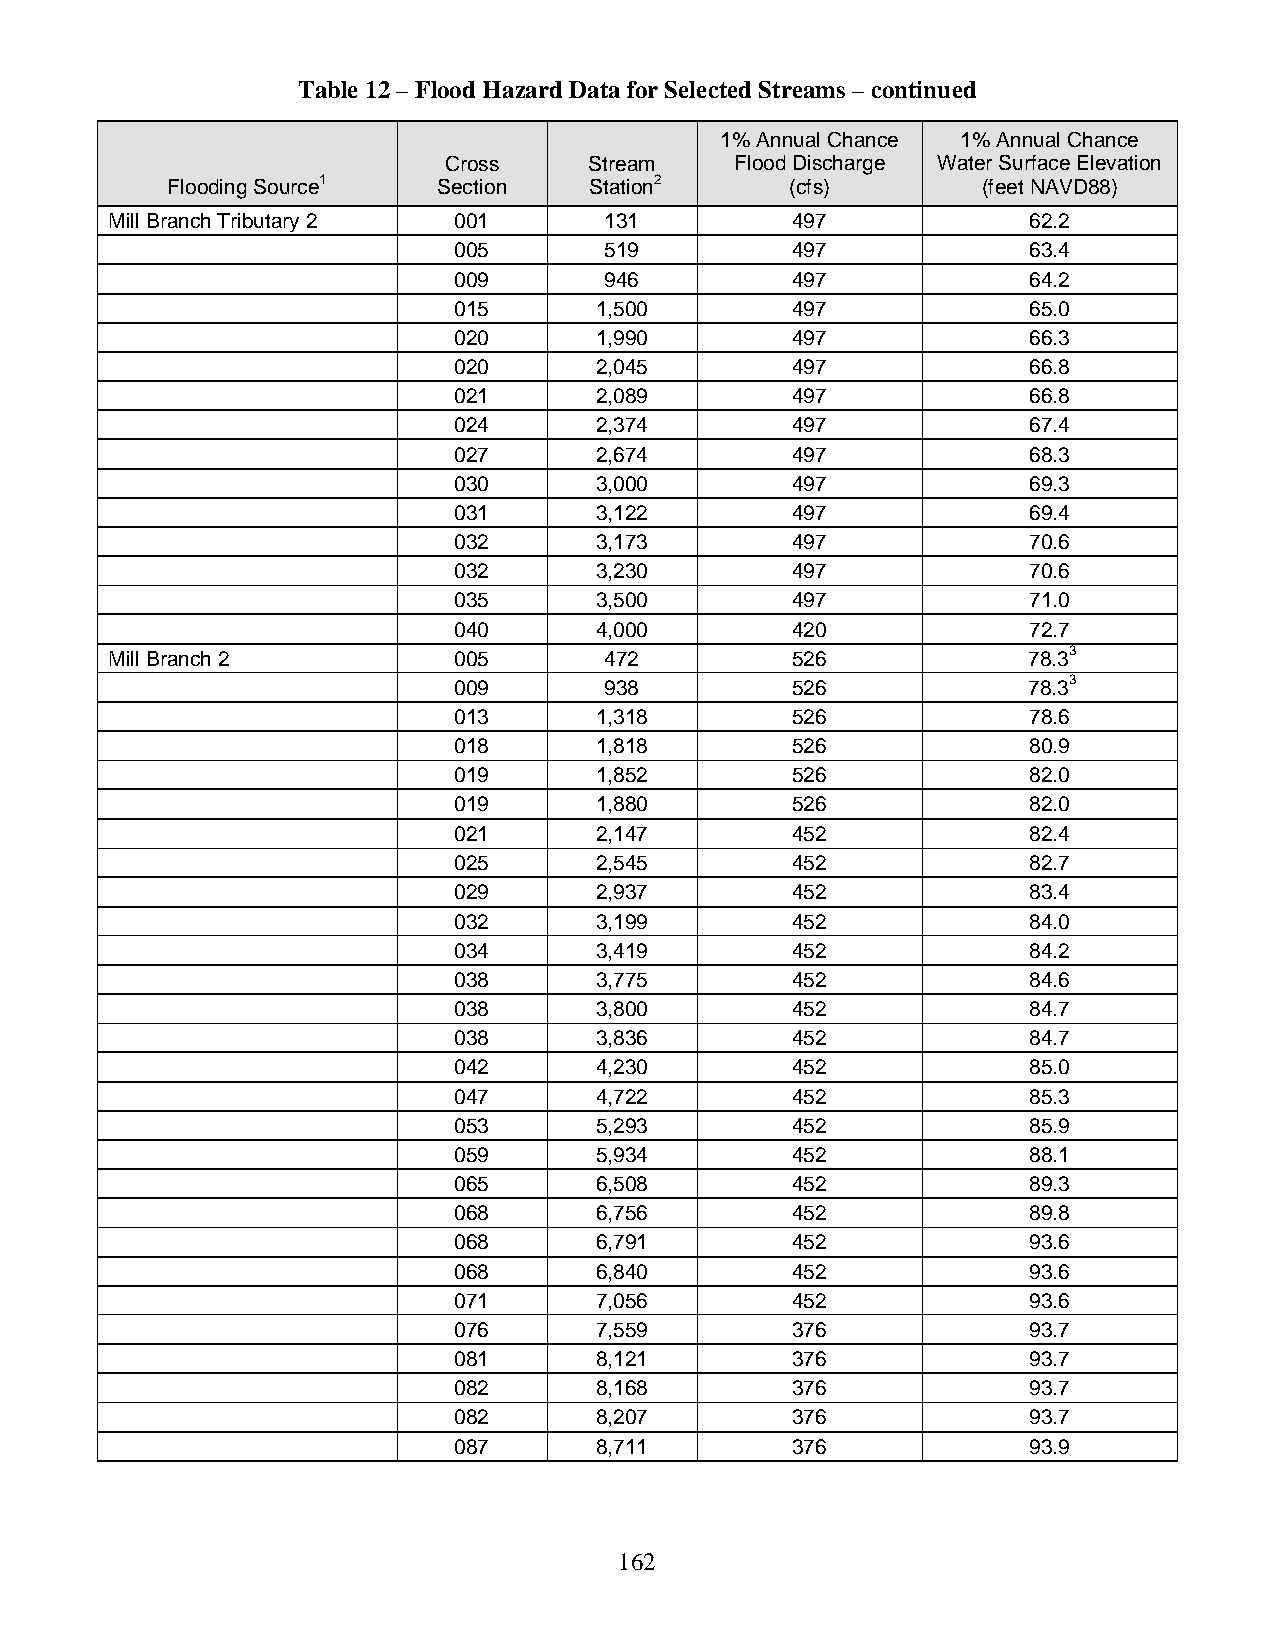
Table 12 – Flood Hazard Data for Selected Streams – continued
 1% Annual Chance 1% Annual Chance
 Cross     Stream    Flood Discharge Water Surface Elevation
 Flooding Source1  Section   Station2     (cfs)        (feet NAVD88)
 Mill Branch Tributary 2 001      131         497             62.2
 005       519         497             63.4
 009       946         497             64.2
 015      1,500        497             65.0
 020      1,990        497             66.3
 020      2,045        497             66.8
 021      2,089        497             66.8
 024      2,374        497             67.4
 027      2,674        497             68.3
 030      3,000        497             69.3
 031      3,122        497             69.4
 032      3,173        497             70.6
 032      3,230        497             70.6
 035      3,500        497             71.0
 040      4,000        420             72.7
 Mill Branch 2          005       472         526             78.33
 009       938         526             78.33
 013      1,318        526             78.6
 018      1,818        526             80.9
 019      1,852        526             82.0
 019      1,880        526             82.0
 021      2,147        452             82.4
 025      2,545        452             82.7
 029      2,937        452             83.4
 032      3,199        452             84.0
 034      3,419        452             84.2
 038      3,775        452             84.6
 038      3,800        452             84.7
 038      3,836        452             84.7
 042      4,230        452             85.0
 047      4,722        452             85.3
 053      5,293        452             85.9
 059      5,934        452             88.1
 065      6,508        452             89.3
 068      6,756        452             89.8
 068      6,791        452             93.6
 068      6,840        452             93.6
 071      7,056        452             93.6
 076      7,559        376             93.7
 081      8,121        376             93.7
 082      8,168        376             93.7
 082      8,207        376             93.7
 087      8,711        376             93.9
 162